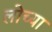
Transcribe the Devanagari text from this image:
लोच्या